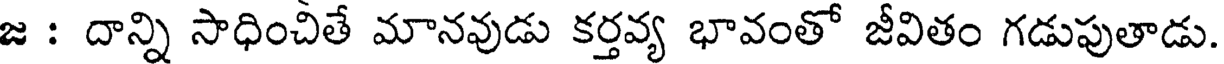
జ : దాన్ని సాధించితే మానవుడు కర్తవ్య భావంతో జీవితం గడుపుతాడు.